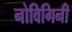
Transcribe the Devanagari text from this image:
नोविगिनी